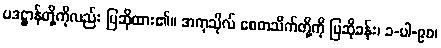
ပဒဋ္ဌာန်တို့ကိုလည်း ပြဆိုထား၏။ အကုသိုလ် စေတသိက်တို့ကို ပြဆိုခန်း၊ ၁-ပါ-၉၀၊